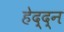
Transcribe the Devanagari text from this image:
हेद्द्न